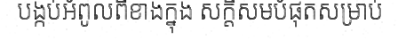
បង្កប់អំពូលពីខាងក្នុង សក្តិសមបំផុតសម្រាប់